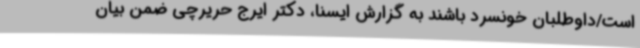
است/داوطلبان خونسرد باشند به گزارش ایسنا، دکتر ایرج حریرچی ضمن بیان